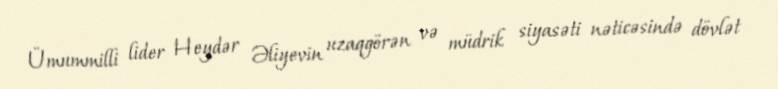
Ümummilli lider Heydər Əliyevin uzaqgörən və müdrik siyasəti nəticəsində dövlət